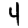
Digit: 4